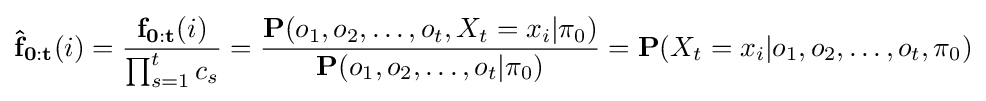
\mathbf {{\hat {f}}_{0:t}} (i)={\frac {\mathbf {f_{0:t}} (i)}{\prod _{s=1}^{t}c_{s}}}={\frac {\mathbf {P} (o_{1},o_{2},\dots ,o_{t},X_{t}=x_{i}|\mathbf {\pi } _{0})}{\mathbf {P} (o_{1},o_{2},\dots ,o_{t}|\mathbf {\pi } _{0})}}=\mathbf {P} (X_{t}=x_{i}|o_{1},o_{2},\dots ,o_{t},\mathbf {\pi } _{0})